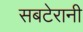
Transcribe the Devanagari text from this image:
सबटेरानी